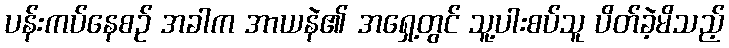
ပန်းကပ်နေစဉ် အခါက အာယနဲ၏ အရှေ့တွင် သူ့ပါးစပ်သူ ပိတ်ခဲ့မိသည့်